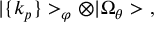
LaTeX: | \{ k _ { p } \} > _ { \varphi } \otimes | \Omega _ { \theta } > \ ,